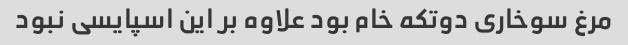
مرغ سوخاری دوتکه خام بود علاوه بر این اسپایسی نبود